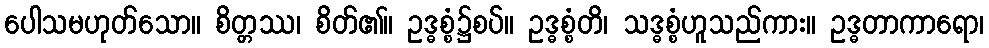
ပေါသမဟုတ်သော။ စိတ္တဿ၊ စိတ်၏။ ဥဒ္ဓစ္စံ၌စပ်။ ဥဒ္ဓစ္စံတိ၊ သဒ္ဓစ္စံဟူသည်ကား။ ဥဒ္ဓတာကာရော၊